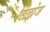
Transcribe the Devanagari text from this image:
टिलोज